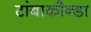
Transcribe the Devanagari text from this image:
टांबाकौन्डा